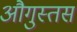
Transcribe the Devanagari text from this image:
औगुस्तस